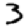
Digit: 3